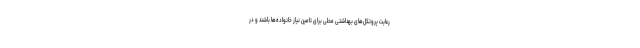
رعایت پروتکل‌های بهداشتی محلی برای تامین نیاز خانواده‌ها باشند و در